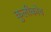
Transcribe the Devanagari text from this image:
कुलीकोव